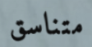
متناسق